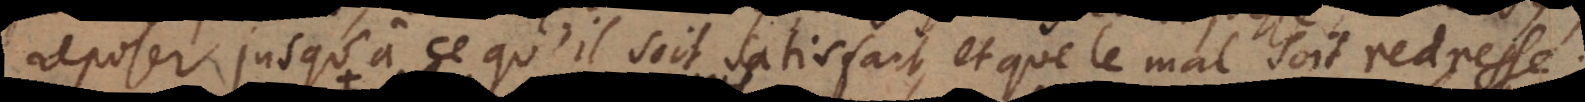
reposer, jusqu’à ce qu’il soit satisfait, et que le mal soit redressé.